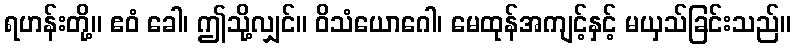
ရဟန်းတို့။ ဧဝံ ခေါ၊ ဤသို့လျှင်။ ဝိသံယောဂေါ၊ မေထုန်အကျင့်နှင့် မယှသ်ခြင်းသည်။